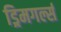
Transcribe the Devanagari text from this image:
ड्रिमगर्ल्स